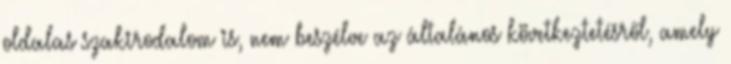
oldalas szakirodalom is, nem beszélve az általános következtetésről, amely